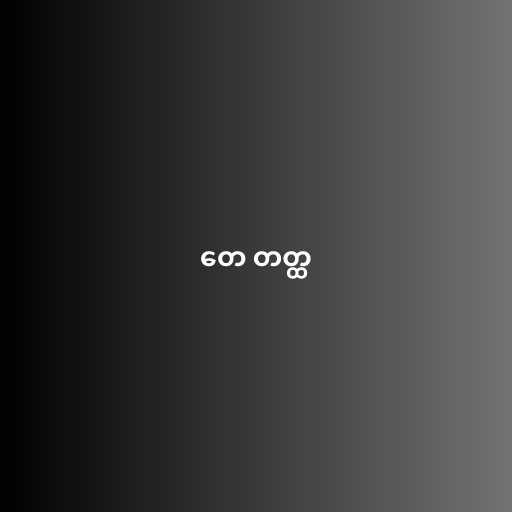
တေ တတ္ထ